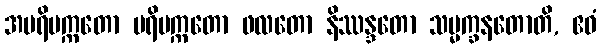
အပရိပက္ကတော ပရိပက္ကတော ဖလတော နိဿန္ဒတော သမ္မက္ခနတောတိ, ဧဝံ